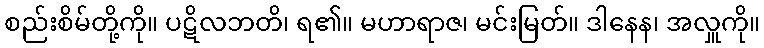
စည်းစိမ်တို့ကို။ ပဋိလဘတိ၊ ရ၏။ မဟာရာဇ၊ မင်းမြတ်။ ဒါနေန၊ အလှူကို။